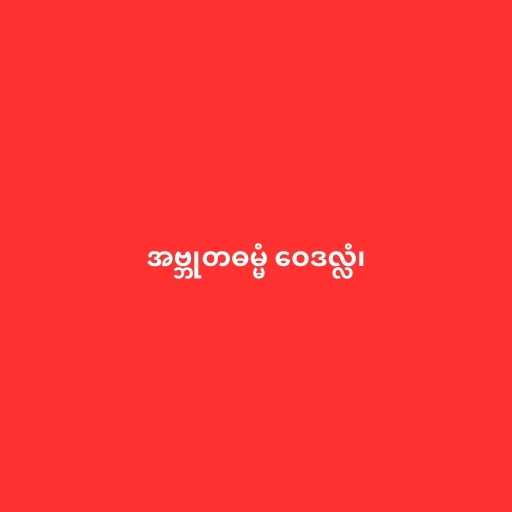
အဗ္ဘုတဓမ္မံ ဝေဒလ္လံ၊